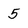
Character: 5